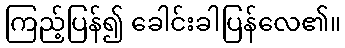
ကြည့်ပြန်၍ ခေါင်းခါပြန်လေ၏။